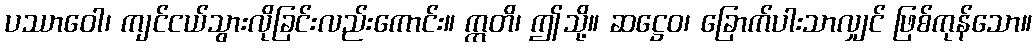
ပဿာဝေါ၊ ကျင်ငယ်သွားလိုခြင်းလည်းကောင်း။ ဣတိ၊ ဤသို့။ ဆဋ္ဌေဝ၊ ခြောက်ပါးသာလျှင် ဖြစ်ကုန်သော။